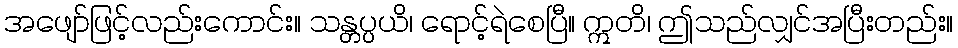
အဖျော်ဖြင့်လည်းကောင်း။ သန္တပ္ပယိ၊ ရောင့်ရဲစေပြီ။ ဣတိ၊ ဤသည်လျှင်အပြီးတည်း။